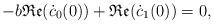
LaTeX: \begin{align*}-b \mathfrak{Re} (\dot{c}_{0}(0))+\mathfrak{Re} (\dot{c}_{1}(0))=0,\end{align*}